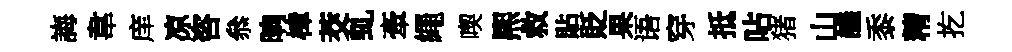
誨韋庠凉咨叅晌樟茭虬牽繩喫熈救貼貶果语穿抵呫猪山議黍精扢